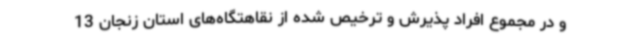
و در مجموع افراد پذیرش و ترخیص شده از نقاهتگاه‌های استان زنجان 13